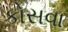
કોસવા